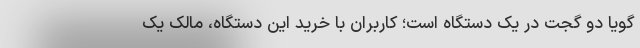
گویا دو گجت در یک دستگاه است؛ کاربران با خرید این دستگاه، مالک یک